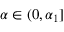
\alpha \in ( 0 , \alpha _ { 1 } ]